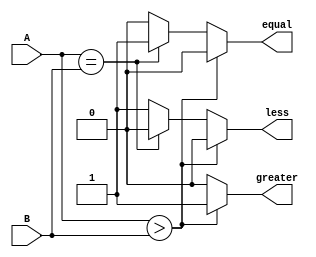
module comparator(
		A, // input A
		B, // input B
		less, // high when A is less than B
		equal, // high when A is equal to B
		greater // high when A is greater than B 
	);

	// Input ports
	input [3 : 0] A;
	input [3 : 0] B;
	// Output ports
	output less;
	output equal;
	output greater;
	// Internal variables
	reg less;
	reg equal;
	reg greater;

	// When the inputs and A or B are changed execute this block
	always @(A or B)
	begin
		if (A > B)
			begin
				//check if A is bigger than B.
				less = 0;
				equal = 0;
				greater = 1;
			end
	 	else if (A == B)
			begin
				//Check if A is equal to B
				less = 0;
				equal = 1;
				greater = 0;
			end
		else
			begin
				//Otherwise - check for A less than B.
				less = 1;
				equal = 0;
				greater = 0;
	 		end
	end
endmodule